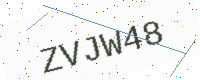
Text: ZVJW48